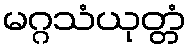
မဂ္ဂသံယုတ္တံ